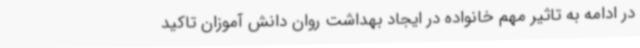
در ادامه به تاثیر مهم خانواده در ایجاد بهداشت روان دانش آموزان تاکید